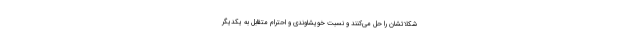
شکلاتشان را حل می‌کنند و نسبت خویشاوندی و احترام متقابل به یکدیگر